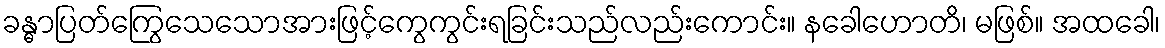
ခန္ဓာပြတ်ကြွေသေသောအားဖြင့်ကွေကွင်းရခြင်းသည်လည်းကောင်း။ နခေါဟောတိ၊ မဖြစ်။ အထခေါ၊